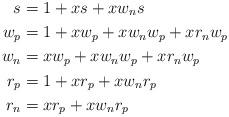
LaTeX: \begin{align*}s &= 1 + xs + xw_ns\\w_p &= 1 + xw_p + xw_nw_p + xr_nw_p\\w_n &= xw_p + xw_nw_p + xr_nw_p\\r_p &= 1 + xr_p + xw_nr_p\\r_n &= xr_p + xw_nr_p\end{align*}